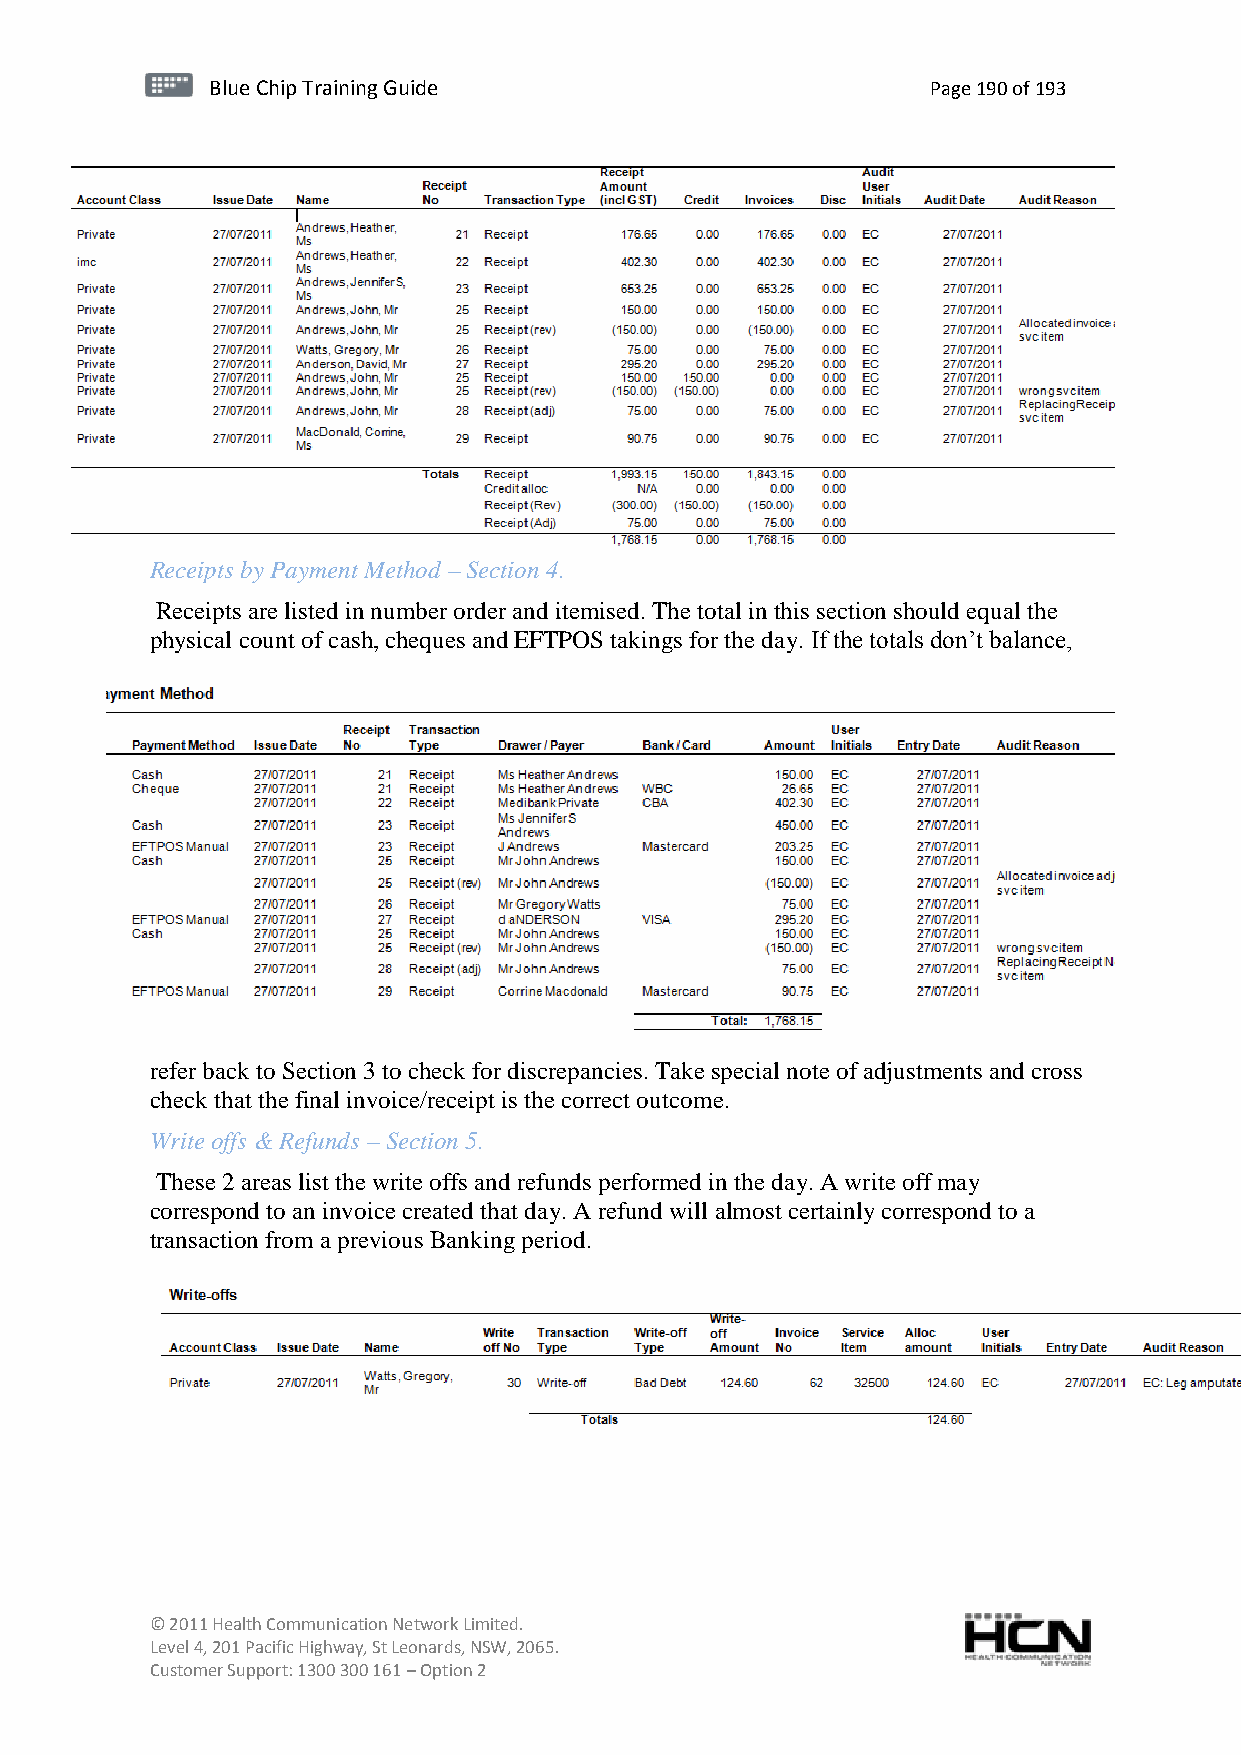
BBlluuee C Chihpi pTr Tairnainingi Gnugi dGeu ide Page 190 of 193
 Receipts by Payment Method – Section 4.
 Receipts are listed in number order and itemised. The total in this section should equal the
 physical count of cash, cheques and EFTPOS takings for the day. If the totals don’t balance,
 refer back to Section 3 to check for discrepancies. Take special note of adjustments and cross
 check that the final invoice/receipt is the correct outcome.
 Write offs & Refunds – Section 5.
 These 2 areas list the write offs and refunds performed in the day. A write off may
 correspond to an invoice created that day. A refund will almost certainly correspond to a
 transaction from a previous Banking period.
 © 2011 Health Communication Network Limited.
 Level 4, 201 Pacific Highway, St Leonards, NSW, 2065.
 Customer Support: 1300 300 161 – Option 2